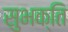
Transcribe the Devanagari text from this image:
सुभक्ति